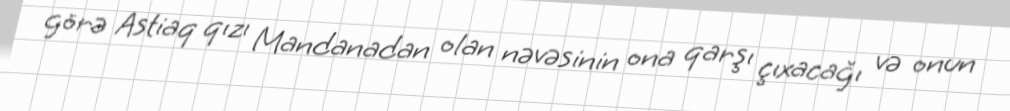
görə Astiaq qızı Mandanadan olan nəvəsinin ona qarşı çıxacağı və onun